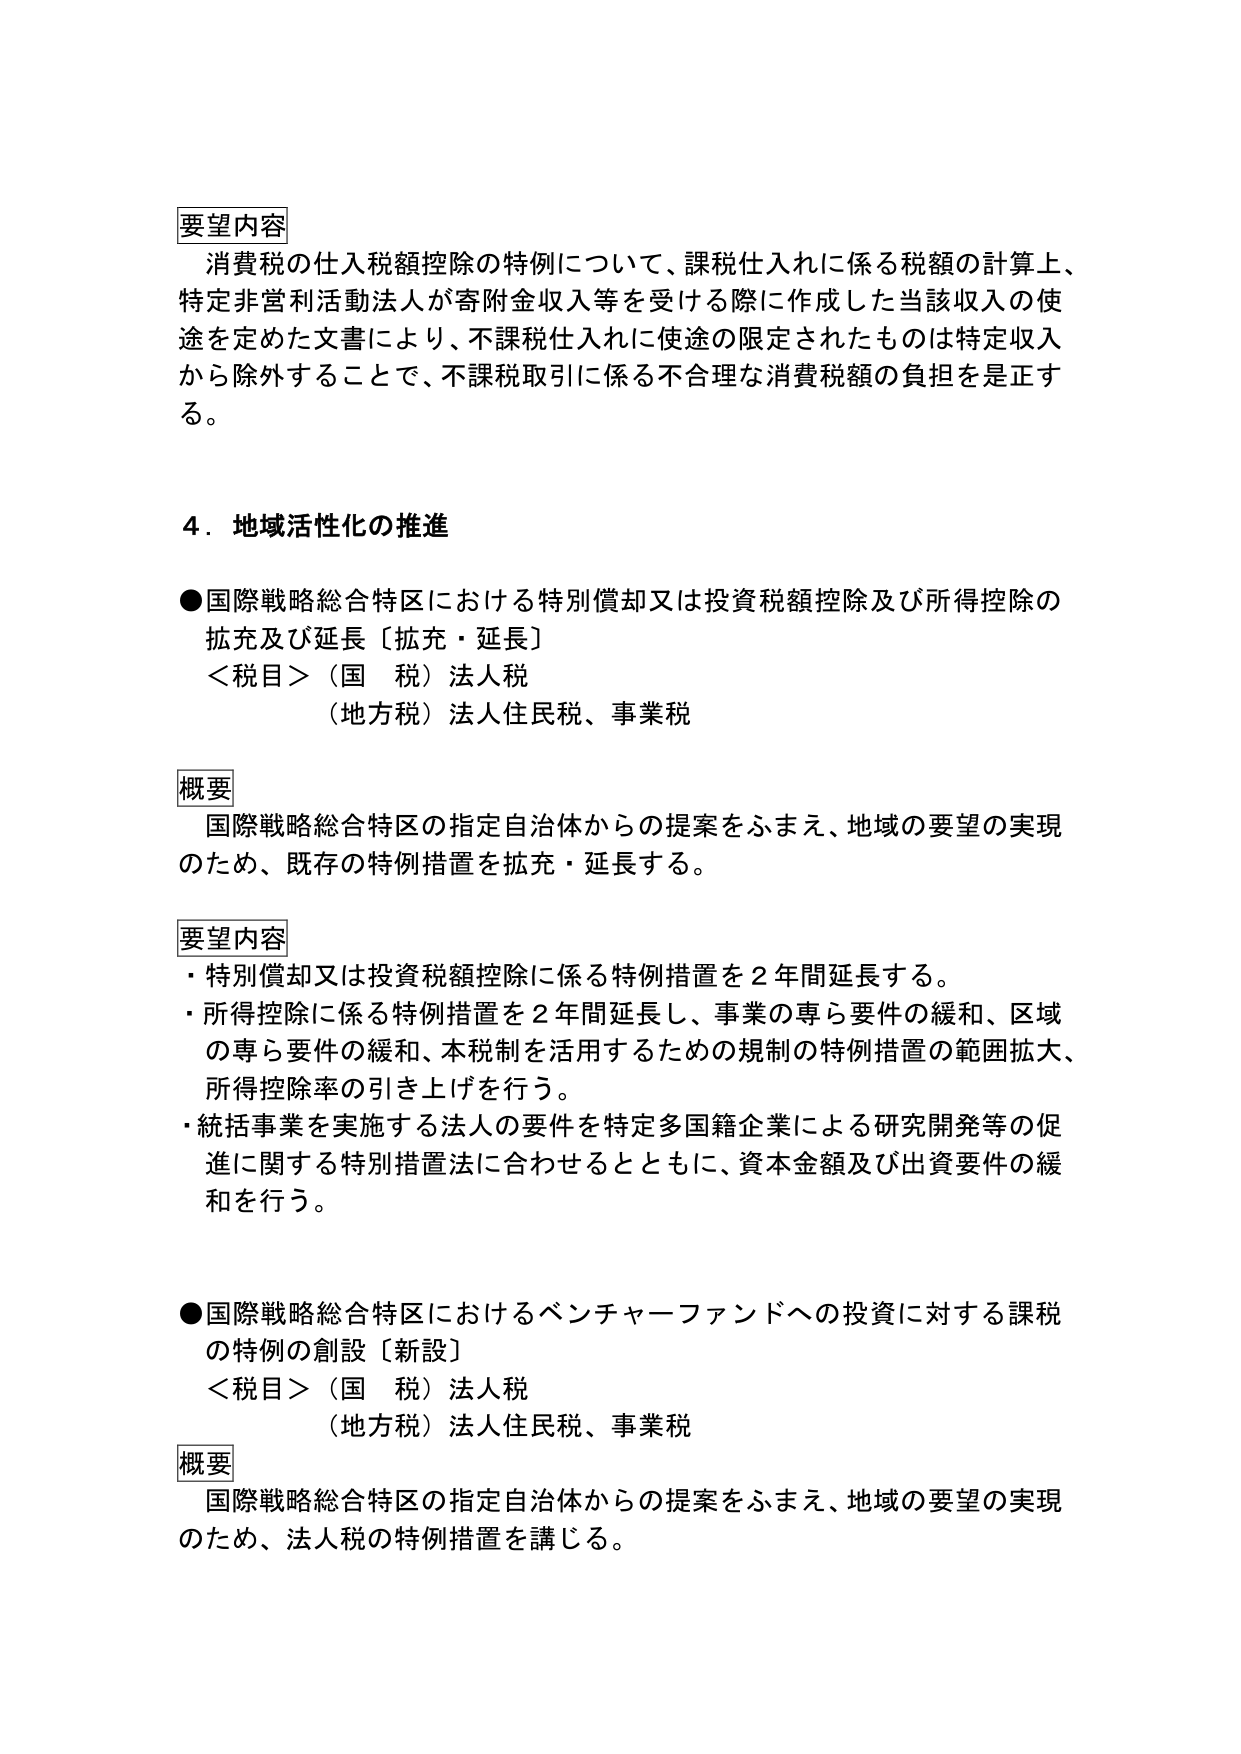
要望内容
消費税の仕入税額控除の特例について、課税仕入れに係る税額の計算上、
特定非営利活動法人が寄附金収入等を受ける際に作成した当該収入の使
途を定めた文書により、不課税仕入れに使途の限定されたものは特定収入
から除外することで、不課税取引に係る不合理な消費税額の負担を是正す
る。

４．地域活性化の推進

●国際戦略総合特区における特別償却又は投資税額控除及び所得控除の
拡充及び延長〔拡充・延長〕
＜税目＞（国　税）法人税
（地方税）法人住民税、事業税

概要
国際戦略総合特区の指定自治体からの提案をふまえ、地域の要望の実現
のため、既存の特例措置を拡充・延長する。

要望内容
・特別償却又は投資税額控除に係る特例措置を２年間延長する。
・所得控除に係る特例措置を２年間延長し、事業の専ら要件の緩和、区域
の専ら要件の緩和、本税制を活用するための規制の特例措置の範囲拡大、
所得控除率の引き上げを行う。
・統括事業を実施する法人の要件を特定多国籍企業による研究開発等の促
進に関する特別措置法に合わせるとともに、資本金額及び出資要件の緩
和を行う。

●国際戦略総合特区におけるベンチャーファンドへの投資に対する課税
の特例の創設〔新設〕
＜税目＞（国　税）法人税
（地方税）法人住民税、事業税

概要
国際戦略総合特区の指定自治体からの提案をふまえ、地域の要望の実現
のため、法人税の特例措置を講じる。